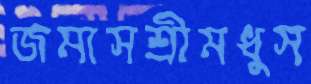
জমাসশ্রীমধুস